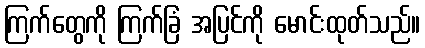
ကြက်တွေကို ကြက်ခြံ အပြင်ကို မောင်းထုတ်သည်။